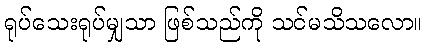
ရုပ်သေးရုပ်မျှသာ ဖြစ်သည်ကို သင်မသိသလော။